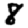
Digit: 8